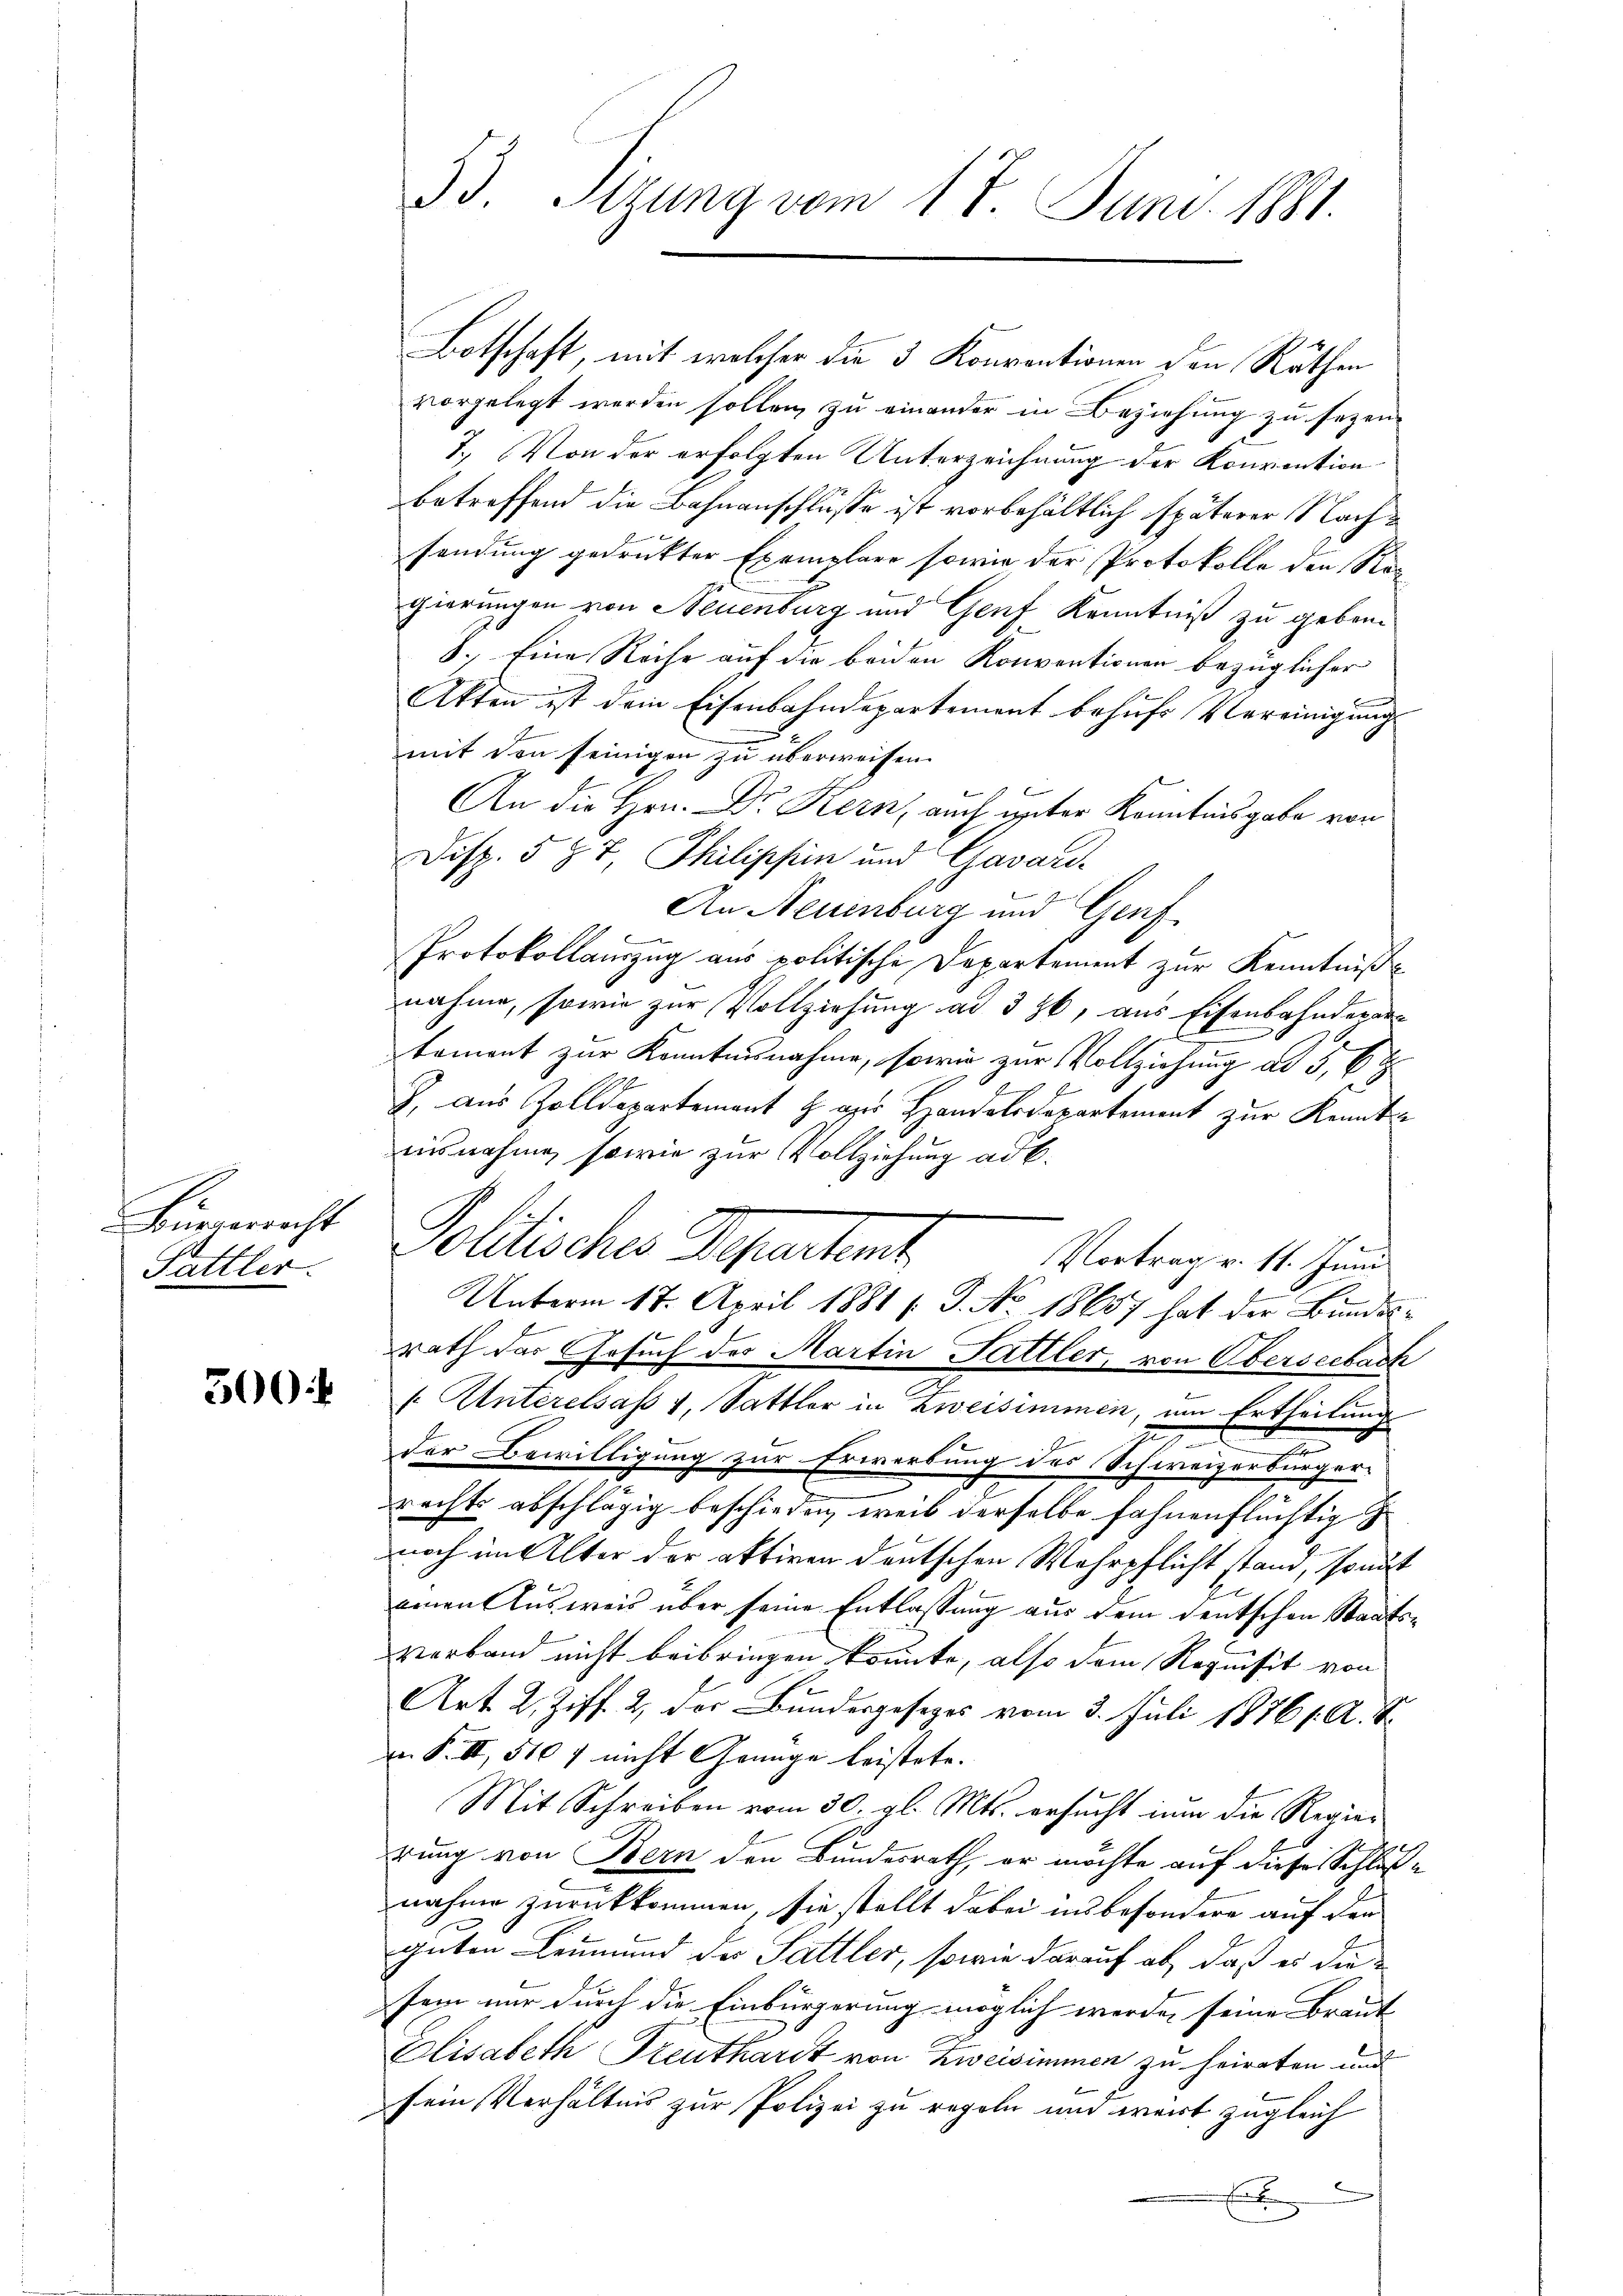
Bürgerrecht
Pattler.

300.

33. Sizung vom 17. Juni 1881.

Botschaft, mit welcher die 3 Konventionen den Räthen
vorgelegt werden sollen, zu einander in Beziehung zu sezen.
7. Von der erfolgten Unterzeichnung der Konvention
betreffend die Bahnanschlüsse ist vorbehältlich späterer Nachsendung gedruckter Exemplare sowie der Protokolle den Rorgierungen von Neuenburg und Genf Kenntniß zu geben.
8.) Eine Reihe auf die beiden Konventionen bezüglicher
Akten ist dein Eisenbahndepartement behufs Vereinigung
mit den seinigen zu überweisen.
An die Hrn. Dr. Kern, auch unter Kenntnisgabe von
Disp. 587, Philischein und Gavard-
An Neuenburg und Genf
Protokollauszug aus politische Departement zur Kenntniß
nahme, sowie zur Vollziehung ad 326, aus Eisenbahnderarkoment zur Kenntnisnahme, sowie zur Vollziehung ad 5, 6 t
J. aus Zolldepartement H. aus Handlodepartement zur Kenntausnahme, sowie zur Vollziehung ad b.
Politisches Departent
Vortrag v. 11. Juni
Unterm 17. April 1881 s. S. No 18657 hat der Bundesrath der Gesuch des Martin Sattler, von Oberseebach
 Unterelsass v. Sattler in Zweisimmen, um Ertheilung
u
e
der Bewilligung zur Erwerbung des Schweizerbürger-
rechts abschlägig beschieden, weil derselbe fahnenflüchtig
noch im Alter der aktiven deutschen Wehrpflicht stand, sonst
einen Ausweis über seine Entlassung aus dem deutschen Staats¬
Verband nicht beibringen könnte, also dem Requisit von
Art. 2. Ziff. 2, der Bundesgesezes vom 3. Juli 18761. A. R.
n. F. II, 510 f nicht Genüge leistete.
Mit Schreiben vom 30. gl. Mts. ersucht um die Regierung von Bern den Bundesrath, er möchte auf diese Schlußnahme zurückkommen, sie stellt dabei insbesondere auf den
guten Leumund des Sattler, sowie darauf ab, daß es die
sein nur durch die Einbürgerung möglich werde, seine Braut
Elisabeth Szeuthardt von Zweisimmen zu heiraten und
sein Verhältnis zur Polizei zu regeln und weit zugleich
d
Ent